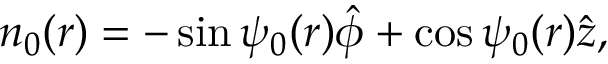
\boldsymbol { n _ { 0 } } ( r ) = - \sin \psi _ { 0 } ( r ) \boldsymbol { \hat { \phi } } + \cos \psi _ { 0 } ( r ) \boldsymbol { \hat { z } } ,